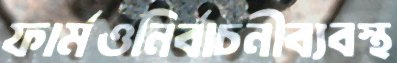
ফার্মওনির্বাচনীব্যবস্থ